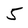
Character: 5